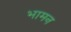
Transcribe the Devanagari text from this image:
भामन